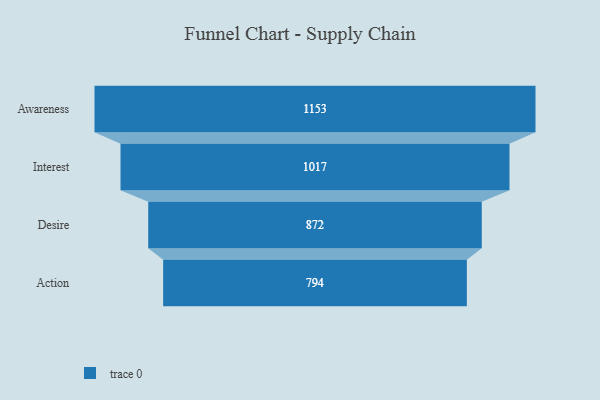
{"axis": {"x": "Stage", "y": "Value"}, "legend": [""], "data": [{"x": "Awareness", "y": 1153.0, "type": ""}, {"x": "Interest", "y": 1017.0, "type": ""}, {"x": "Desire", "y": 872.0, "type": ""}, {"x": "Action", "y": 794.0, "type": ""}]}